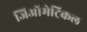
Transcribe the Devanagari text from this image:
जिऑमेट्रिकल